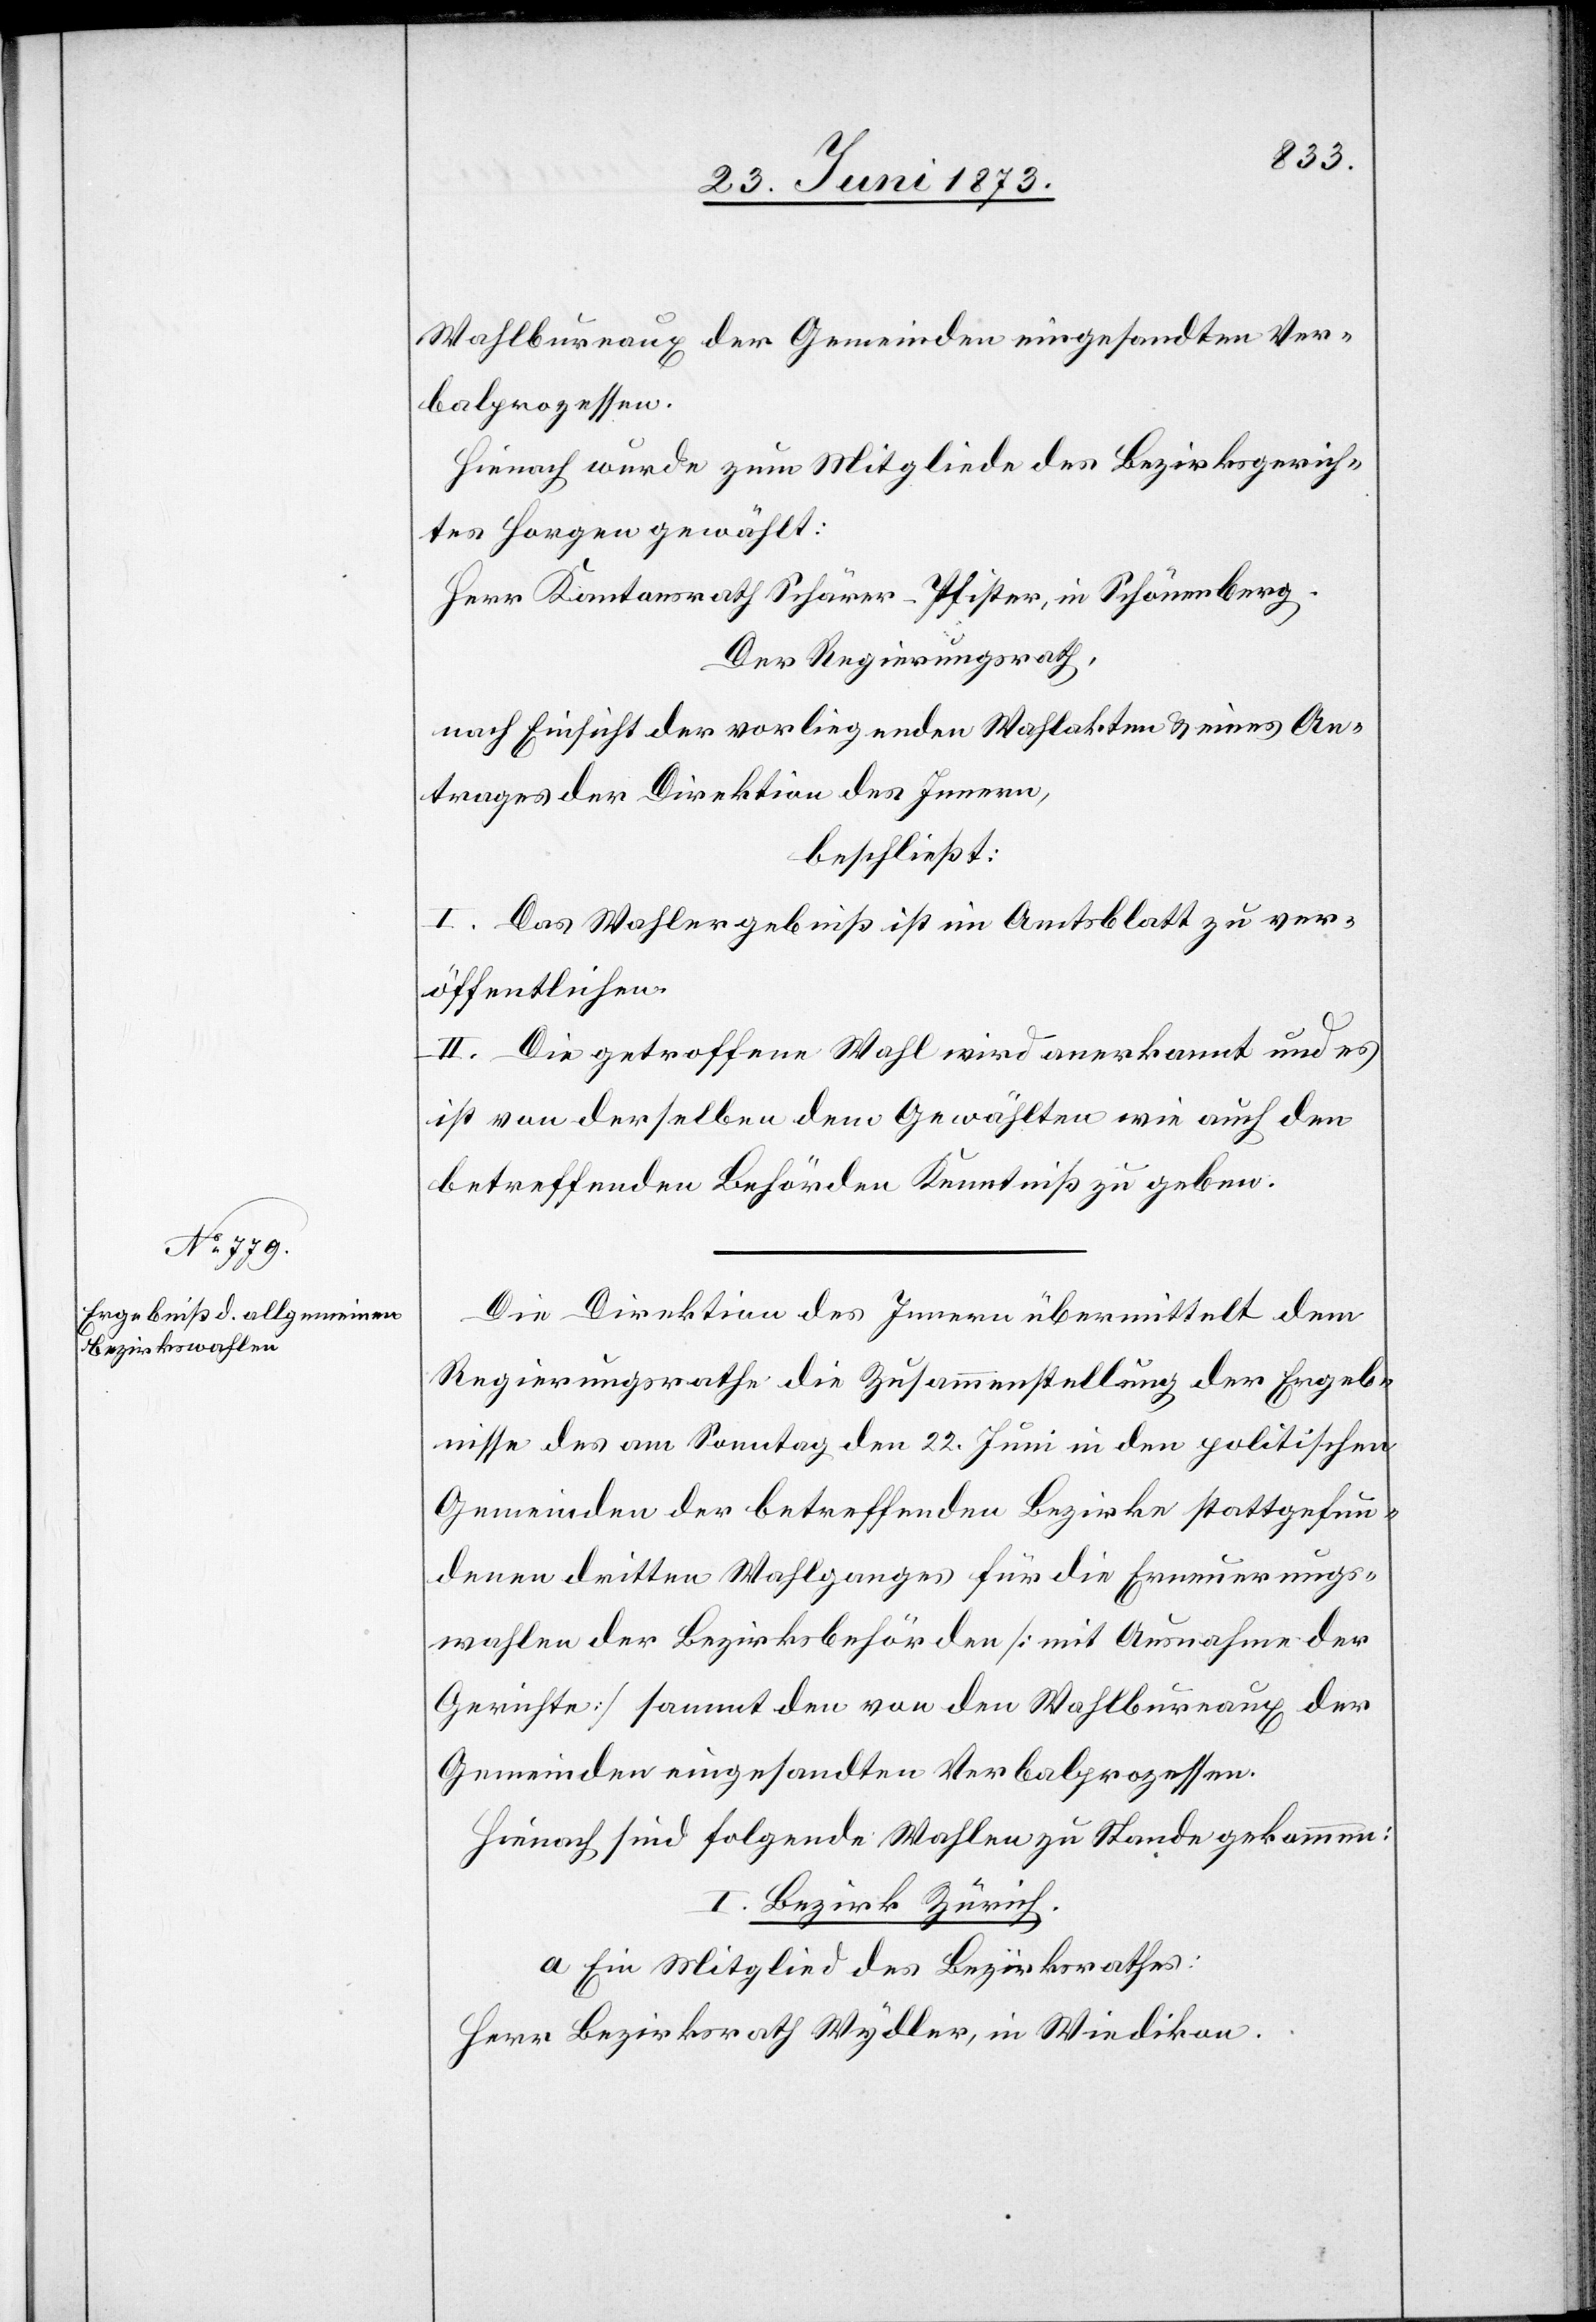
25. Juni 1873.]
Wahlbureaux der Gemeinden eingesandten Ver¬
balprozessen.
Hienach wurde zum Mitgliede des Bezirksgerich¬
tes Horgen gewählt:
Herr Kantonsrath Schärer-Pfister, in Schönenberg.
Der Regierungsrath,
nach Einsicht der vorliegenden Wahlakten & eines An¬
trages der Direktion des Innern,
beschließt:
I. Das Wahlergebniß ist im Amtsblatt zu ver¬
öffentlichen.
II. Die getroffene Wahl wird anerkannt und es
ist von derselben dem Gewählten wie auch den
betreffenden Behörden Kenntniß zu geben.
Die Direktion des Innern übermittelt dem
Regierungsrathe die Zusammenstellung der Ergeb¬
nisse des am Sonntag den 22. Juni in den politischen
Gemeinden der betreffenden Bezirke stattgefun¬
denen dritten Wahlganges für die Erneuerungs¬
wahlen der Bezirksbehörden [mit Ausnahme der
Gerichte] sammt den von den Wahlbureaux der
Gemeinden eingesandten Verbalprozessen.
Hienach sind folgende Wahlen zu Stande gekommen:
I. Bezirk Zürich.
a. Ein Mitglied des Bezirksrathes:
Herr Bezirksrath Wydler, in Wiedikon.